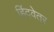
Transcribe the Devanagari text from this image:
हिंदवेतर